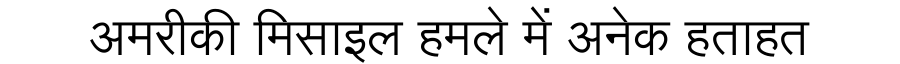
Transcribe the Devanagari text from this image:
अमरीकी मिसाइल हमले में अनेक हताहत